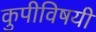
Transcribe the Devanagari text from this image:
कुपीविषयी